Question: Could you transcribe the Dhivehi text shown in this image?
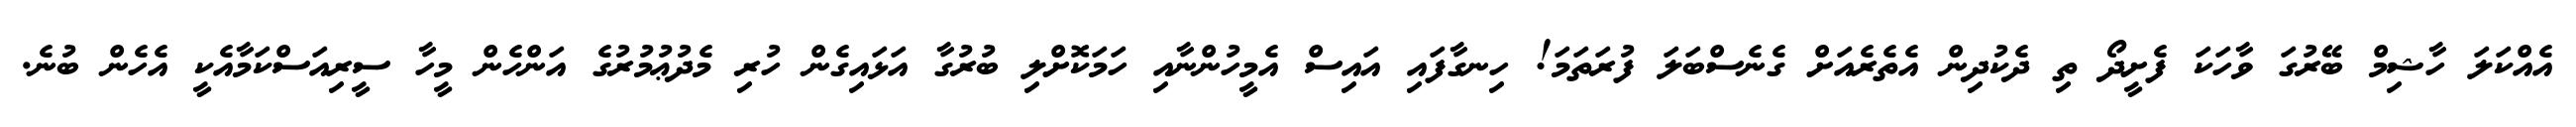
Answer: އެއްކަލަ ހާޝިމް ބޭރުގަ ވާހަކަ ފެށީދޯ ތި ދެކުދިން އެތެރެއަށް ގެނެސްބަލަ ފުރަތަމަ! ހިނގާފައި އައިސް އެމީހުންނާއި ހަމަކޮށްލި ބުރުގާ އަޅައިގެން ހުރި މެދުޢުމުރުގެ އަންހެން މީހާ ސީރިއަސްކަމާއެކީ އެހެން ބުނެ.